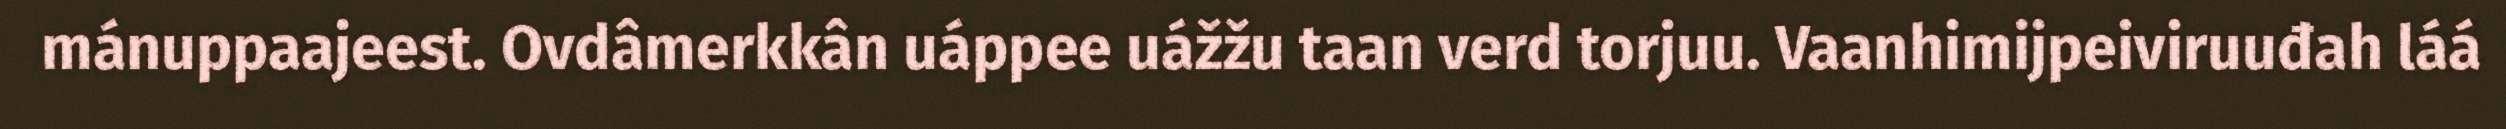
mánuppaajeest. Ovdâmerkkân uáppee uážžu taan verd torjuu. Vaanhimijpeiviruuđah láá